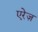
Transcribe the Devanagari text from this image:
एरेज़